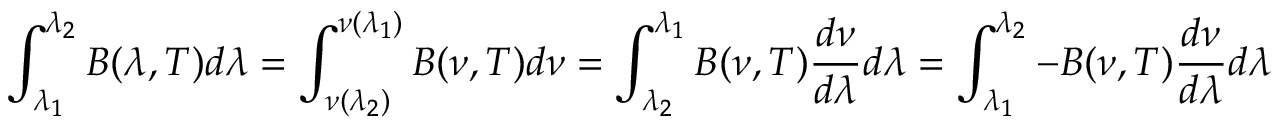
\int _ { \lambda _ { 1 } } ^ { \lambda _ { 2 } } B ( \lambda , T ) d \lambda = \int _ { \nu ( \lambda _ { 2 } ) } ^ { \nu ( \lambda _ { 1 } ) } B ( \nu , T ) d \nu = \int _ { \lambda _ { 2 } } ^ { \lambda _ { 1 } } B ( \nu , T ) { \frac { d \nu } { d \lambda } } d \lambda = \int _ { \lambda _ { 1 } } ^ { \lambda _ { 2 } } - B ( \nu , T ) { \frac { d \nu } { d \lambda } } d \lambda